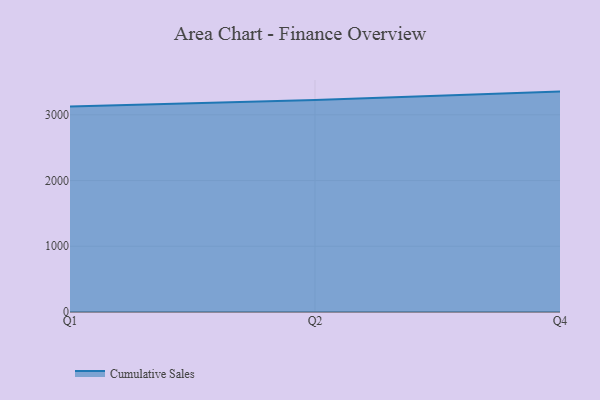
{"axis": {"x": "Quarter", "y": "Demand Index"}, "legend": ["Cumulative Sales"], "data": [{"x": "Q1", "y": 3127.6, "type": "Cumulative Sales"}, {"x": "Q2", "y": 3225.3, "type": "Cumulative Sales"}, {"x": "Q4", "y": 3353.0, "type": "Cumulative Sales"}]}